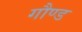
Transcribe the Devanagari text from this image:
गौण्ड